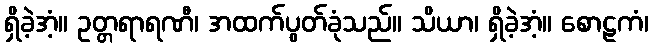
ရှိခဲ့အံ့။ ဥတ္တရာရဏီ၊ အထက်ပွတ်ခုံသည်။ သိယာ၊ ရှိခဲ့အံ့။ စောဠကံ၊